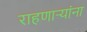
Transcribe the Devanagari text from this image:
राहणार्‍यांना